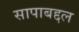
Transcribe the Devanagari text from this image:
सापाबद्दल